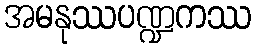
အမနုဿပဏ္ဍကဿ